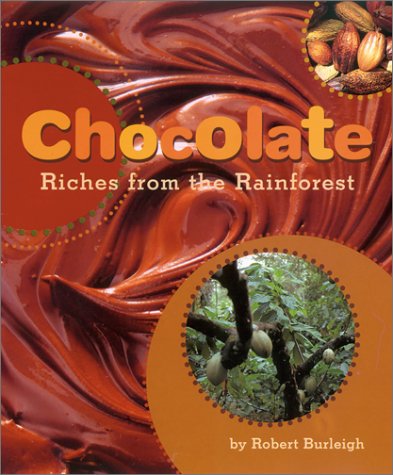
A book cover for Chocolate: Riches from the Rainforest; Robert Burleigh; Children's Books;